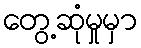
တွေ့ဆုံမှုမှာ